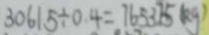
3 0 6 1 5 \div 0 . 4 = 7 6 5 3 7 5 ( k g )